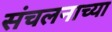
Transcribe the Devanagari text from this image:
संचलनाच्या